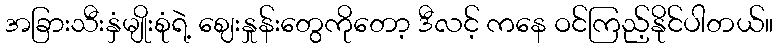
အခြားသီးနှံမျိုးစုံရဲ့ ဈေးနှုန်းတွေကိုတော့ ဒီလင့် ကနေ ဝင်ကြည့်နိုင်ပါတယ်။